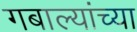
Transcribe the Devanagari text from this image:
गबाल्यांच्या